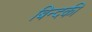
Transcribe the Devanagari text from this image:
बिन्‍दकी